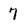
Character: 7